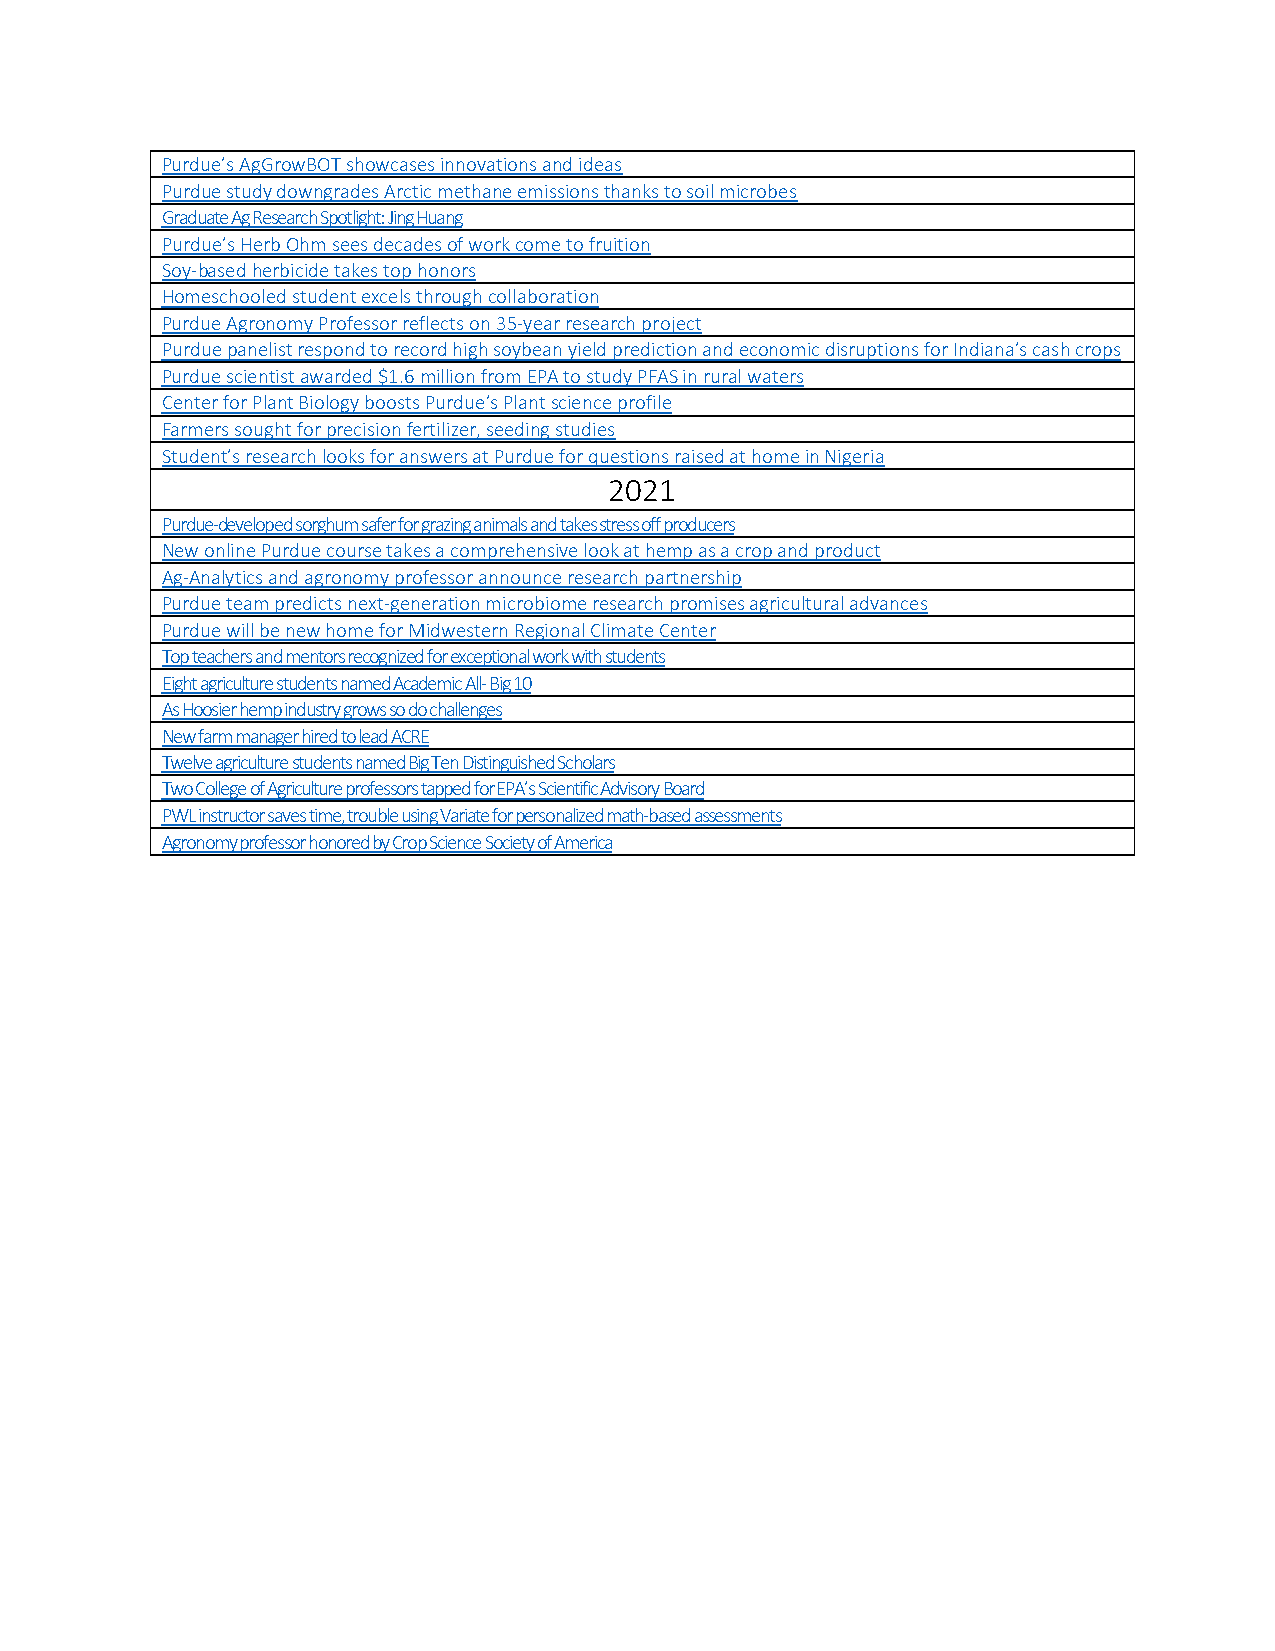
Purdue’s AgGrowBOT showcases innovations and ideas
 Purdue study downgrades Arctic methane emissions thanks to soil microbes
 Graduate Ag Research Spotlight: Jing Huang
 Purdue’s Herb Ohm sees decades of work come to fruition
 Soy-based herbicide takes top honors
 Homeschooled student excels through collaboration
 Purdue Agronomy Professor reflects on 35-year research project
 Purdue panelist respond to record high soybean yield prediction and economic disruptions for Indiana’s cash crops
 Purdue scientist awarded $1.6 million from EPA to study PFAS in rural waters
 Center for Plant Biology boosts Purdue’s Plant science profile
 Farmers sought for precision fertilizer, seeding studies
 Student’s research looks for answers at Purdue for questions raised at home in Nigeria
 2021
 Purdue-developed sorghum safer for grazing animals and takes stress off producers
 New online Purdue course takes a comprehensive look at hemp as a crop and product
 Ag-Analytics and agronomy professor announce research partnership
 Purdue team predicts next-generation microbiome research promises agricultural advances
 Purdue will be new home for Midwestern Regional Climate Center
 Top teachers and mentors recognized for exceptional work with students
 Eight agriculture students named Academic All- Big 10
 As Hoosier hemp industry grows so do challenges
 New farm manager hired to lead ACRE
 Twelve agriculture students named Big Ten Distinguished Scholars
 Two College of Agriculture professors tapped for EPA’s Scientific Advisory Board
 PWL instructor saves time, trouble using Variate for personalized math-based assessments
 Agronomy professor honored by Crop Science Society of America